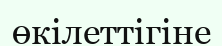
өкілеттігіне